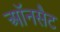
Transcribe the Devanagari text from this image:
ऑनसैट